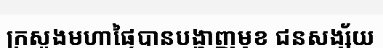
ក្រសួងមហាផ្ទៃបានបង្ហាញមុខ ជនសង្ស័យ